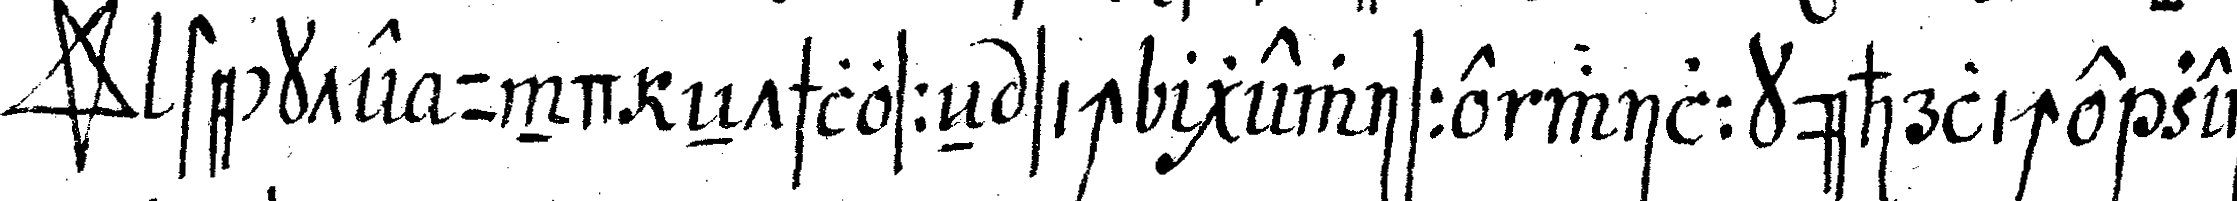
*star* steckte und eNtschlosseN sich gewisse willkührliche zei